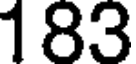
183